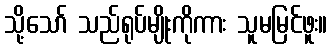
သို့သော် သည်ရုပ်မျိုးကိုကား သူမမြင်ဖူး။